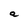
Character: a